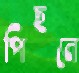
পিছনে